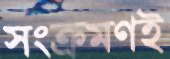
সংক্রমণই